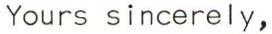
Yours sincerely,